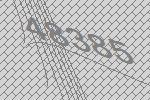
48385